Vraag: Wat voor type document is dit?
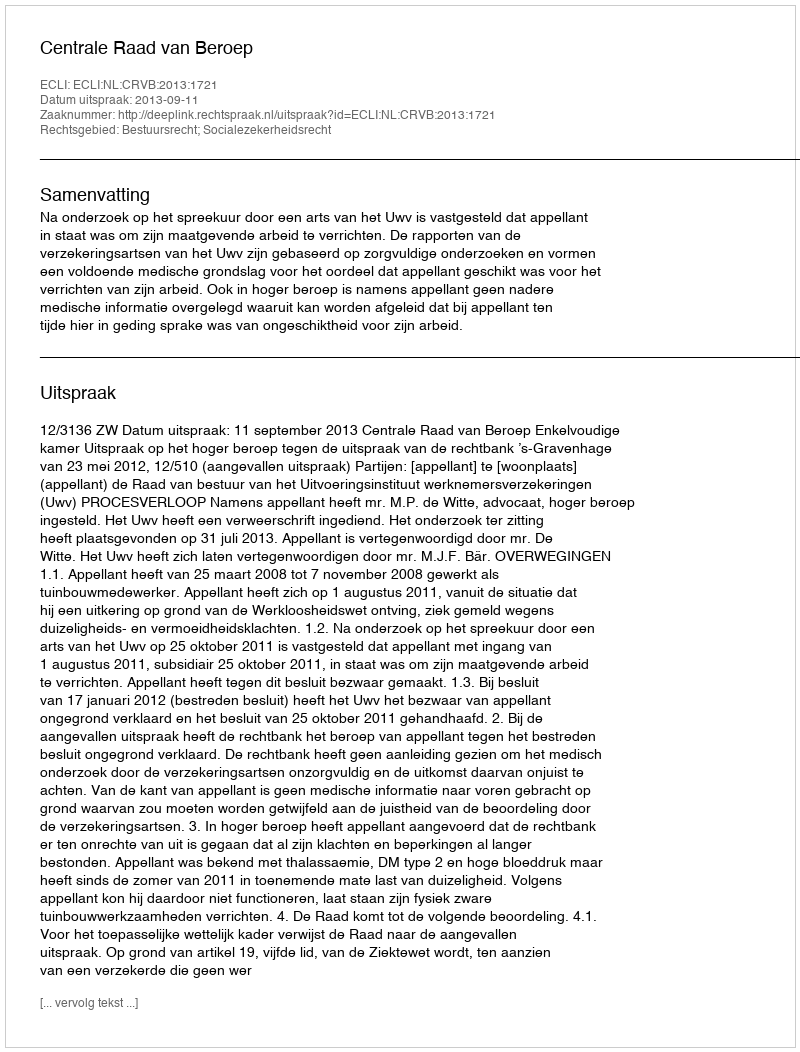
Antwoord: Uitspraak